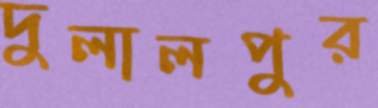
দুলালপুর